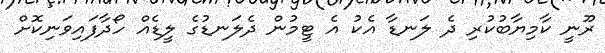
ރޫނީ ކާމިޔާބުކުރި ދެ ލަނޑާ އެކު އެ ޓީމުން ދެލަނޑުގެ ލީޑެއް ހޯދާފައިވަނިކޮށް